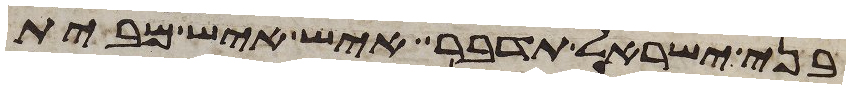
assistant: בני ישראל תדבר איש איש מבית